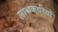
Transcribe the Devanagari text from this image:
लाभकारियों